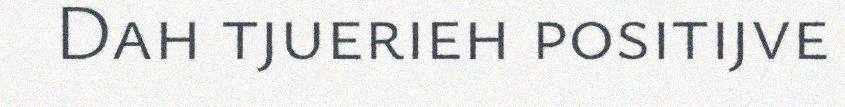
Dah tjuerieh positijve